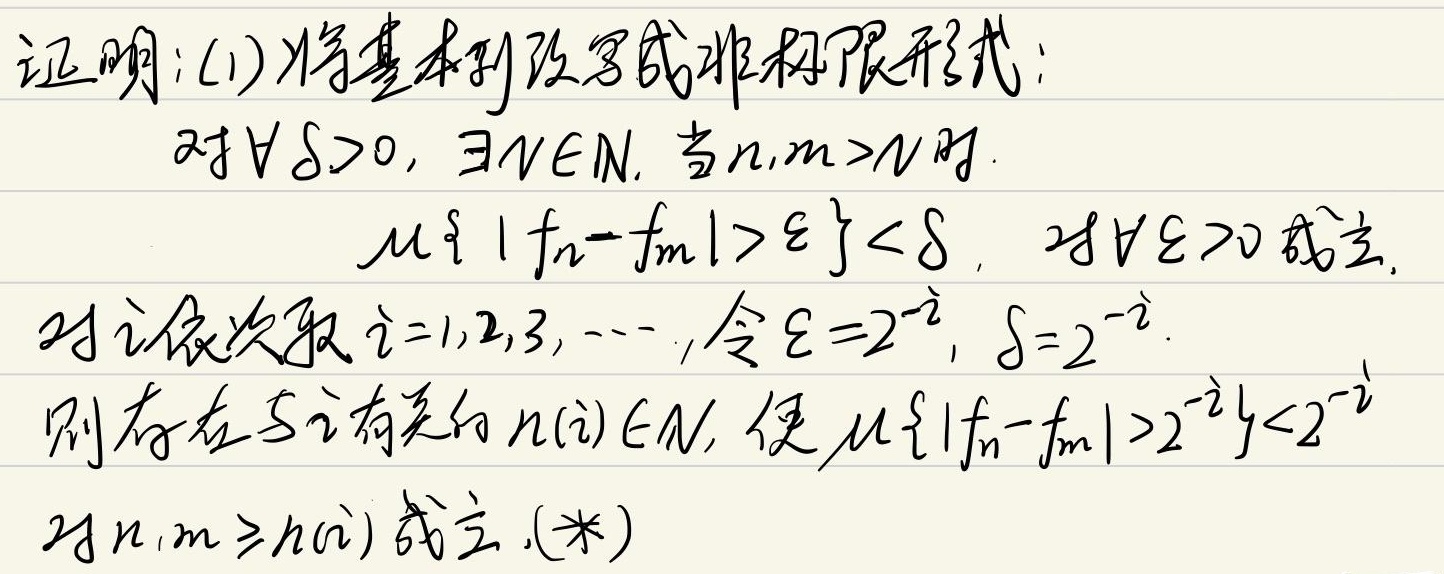
证明：(1) 将基本列改写成非极限形式：对 $\forall \delta > 0$，$\exists N\in \mathbb{N}$，当 $n,m > N$ 时，$\mu\{|f_n - f_m|>\varepsilon\}<\delta$，对 $\forall \varepsilon > 0$ 成立。
对 $i$ 依次取 $i = 1,2,3,\cdots$，令 $\varepsilon = 2^{-i}$，$\delta = 2^{-i}$。
则存在与 $i$ 有关的 $n(i)\in \mathbb{N}$，使 $\mu\{|f_n - f_m|>2^{-i}\}<2^{-i}$ 对 $n,m\geq n(i)$ 成立。(*)